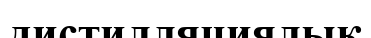
дистилляциялық